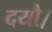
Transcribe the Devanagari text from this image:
दयौ।